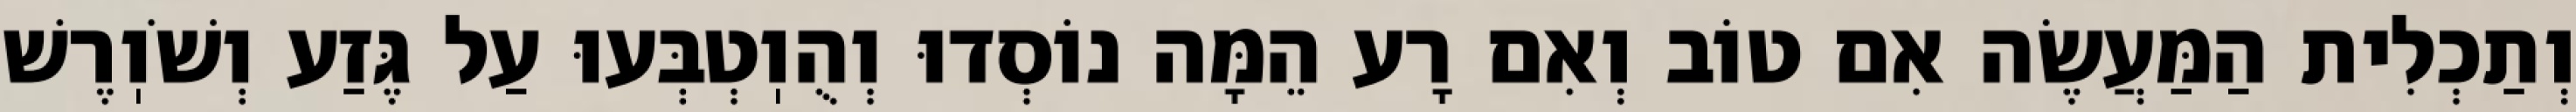
וְתַכְלִית הַמַּעֲשֶׂה אִם טוֹב וְאִם רָע הֵמָּה נוֹסְדוּ וְהֻוֽטְבְּעוּ עַל גֶּזַע וְשֹׁוֽרֶשׁ